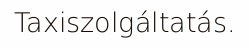
Taxiszolgáltatás.